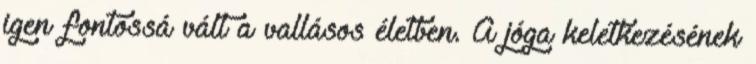
igen fontossá vált a vallásos életben. A jóga keletkezésének